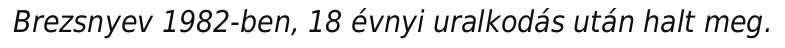
Brezsnyev 1982-ben, 18 évnyi uralkodás után halt meg.